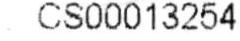
: CS00013254